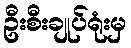
ဦးစီးချုပ်ရုံးမှ